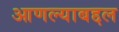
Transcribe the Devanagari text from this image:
आणल्याबद्दल